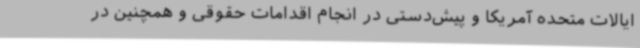
ایالات متحده آمریکا و پیش‌دستی در انجام اقدامات حقوقی و همچنین در